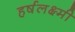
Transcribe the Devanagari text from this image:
हर्षलक्ष्मी